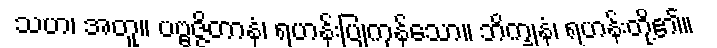
သဟ၊ အတူ။ ပဗ္ဗဇ္ဇိတာနံ၊ ရဟန်းပြုကုန်သော။ ဘိက္ခုနံ၊ ရဟန်းတို့၏။